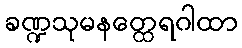
ခဏ္ဍသုမနတ္ထေရဂါထာ